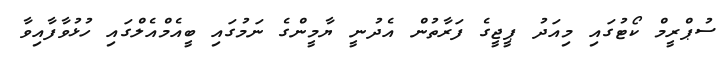
ސުޕްރީމް ކޯޓުގައި މިއަދު ޕީޖީގެ ފަރާތުން އެދުނީ ޔާމީންގެ ނަމުގައި ބީއެމްއެލްގައި ހުޅުވާފާއިވާ